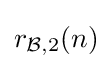
{\textstyle r_{{\mathcal {B}},2}(n)}